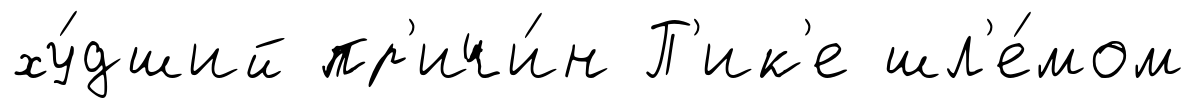
ху́дший пр'ичи́н П'ик'е шл'е́мом